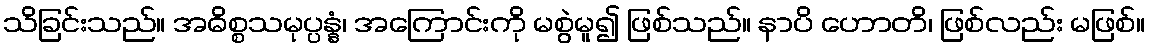
သိခြင်းသည်။ အဓိစ္စသမုပ္ပန္နံ၊ အကြောင်းကို မစွဲမူ၍ ဖြစ်သည်။ နာပိ ဟောတိ၊ ဖြစ်လည်း မဖြစ်။